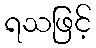
ရသဖြင့်